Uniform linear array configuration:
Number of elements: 48
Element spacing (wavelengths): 0.75
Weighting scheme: hann
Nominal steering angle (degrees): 60
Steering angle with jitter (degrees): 58.808
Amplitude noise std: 0.05
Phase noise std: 0.05

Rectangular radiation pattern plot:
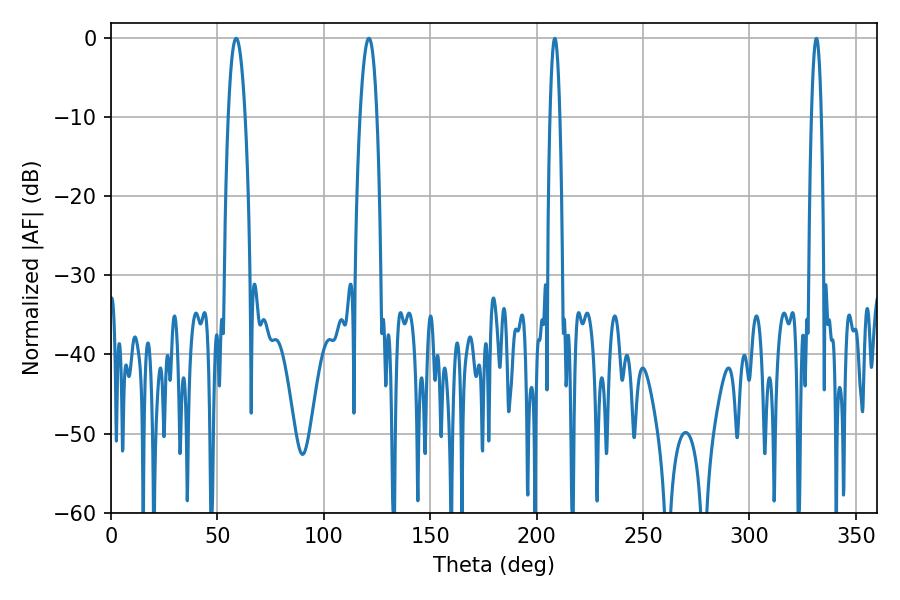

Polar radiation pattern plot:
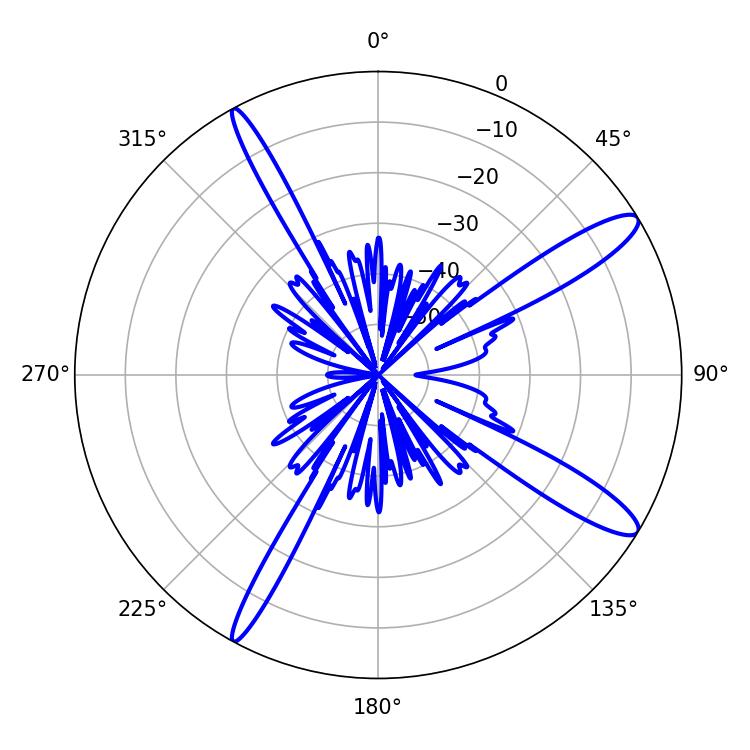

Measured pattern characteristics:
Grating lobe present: TRUE
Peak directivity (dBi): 13.203
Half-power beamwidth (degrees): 4.32
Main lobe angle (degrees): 58.86